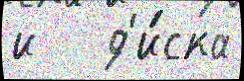
и   д'и́ска